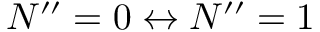
N ^ { \prime \prime } = 0 \leftrightarrow N ^ { \prime \prime } = 1